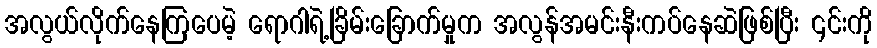
အလွယ်လိုက်နေကြပေမဲ့ ရောဂါရဲ့ခြိမ်းခြောက်မှုက အလွန်အမင်းနီးကပ်နေဆဲဖြစ်ပြီး ၎င်းကို